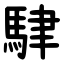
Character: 䮇